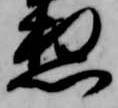
想